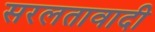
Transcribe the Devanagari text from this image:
सरलतावादी